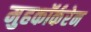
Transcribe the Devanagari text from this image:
मुहकॉर्करेन